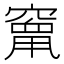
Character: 𮄒